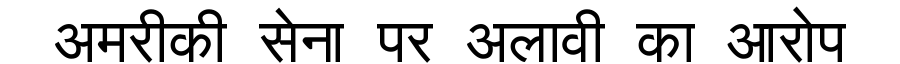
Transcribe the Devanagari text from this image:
अमरीकी सेना पर अलावी का आरोप